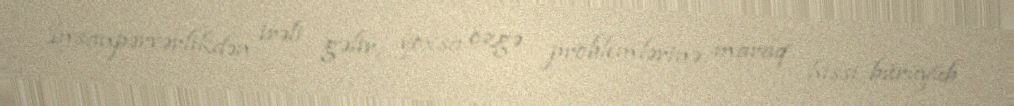
İnsanpərvərlikdən irəli gəlir, yoxsa özgə problemlərinə maraq hissi bürüyüb